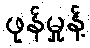
ဖုန်မှုန့်